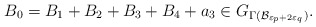
\begin{align*}B_0 = B_1 + B_2 + B_3 + B_4 + a_3 \in G_{\Gamma(\mathcal{B}_{\varepsilon_p + 2 \varepsilon_q})}.\end{align*}